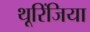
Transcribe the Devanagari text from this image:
थूरिंजिया